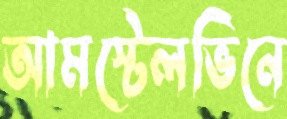
আমস্টেলভিনে